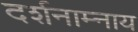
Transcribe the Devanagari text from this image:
दर्शनाम्नाय